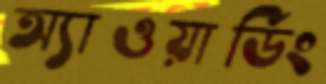
অ্যাওয়ার্ডিং